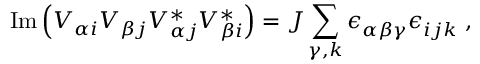
\mathrm { I m } \left( V _ { \alpha i } V _ { \beta j } V _ { \alpha j } ^ { * } V _ { \beta i } ^ { * } \right) = { \cal J } \sum _ { \gamma , k } \epsilon _ { \alpha \beta \gamma } ^ { ~ } \epsilon _ { i j k } ^ { ~ } \; ,